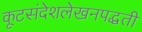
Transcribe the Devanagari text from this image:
कूटसंदेशलेखनपद्धती